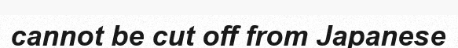
cannot be cut off from Japanese